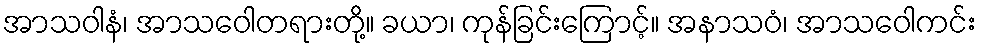
အာသဝါနံ၊ အာသဝေါတရားတို့။ ခယာ၊ ကုန်ခြင်းကြောင့်။ အနာသဝံ၊ အာသဝေါကင်း